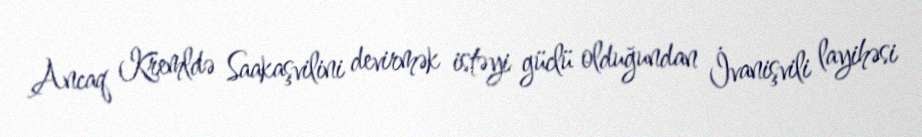
Ancaq Kremldə Saakaşvilini devirmək istəyi güclü olduğundan İvanişvili layihəsi